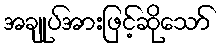
အချုပ်အားဖြင့်ဆိုသော်